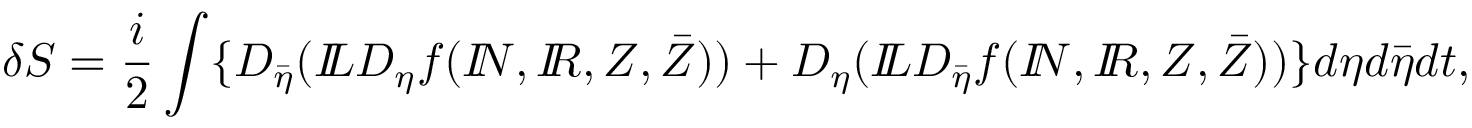
\delta S = \frac { i } { 2 } \int \{ D _ { \bar { \eta } } ( { I \! \! L } D _ { \eta } f ( { I \! \! N } , { I \! \! R } , Z , \bar { Z } ) ) + D _ { \eta } ( { I \! \! L } D _ { \bar { \eta } } f ( { I \! \! N } , { I \! \! R } , Z , \bar { Z } ) ) \} d \eta d \bar { \eta } d t ,